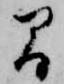
間